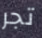
تجر